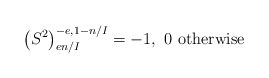
\begin{align*}\left(S^{2}\right)_{en/I}^{-e,1-n/I}=-1,\ 0\mbox{ otherwise}\end{align*}